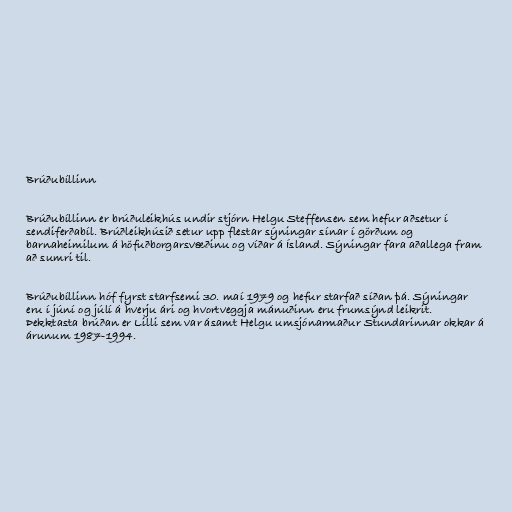
Brúðubíllinn

Brúðubíllinn er brúðuleikhús undir stjórn Helgu Steffensen sem hefur aðsetur í
sendiferðabíl. Brúðleikhúsið setur upp flestar sýningar sínar í görðum og
barnaheimilum á höfuðborgarsvæðinu og víðar á Ísland. Sýningar fara aðallega fram
að sumri til.

Brúðubíllinn hóf fyrst starfsemi 30. maí 1979 og hefur starfað síðan þá. Sýningar
eru í júní og júlí á hverju ári og hvortveggja mánuðinn eru frumsýnd leikrit.
Þekktasta brúðan er Lilli sem var ásamt Helgu umsjónarmaður Stundarinnar okkar á
árunum 1987-1994.